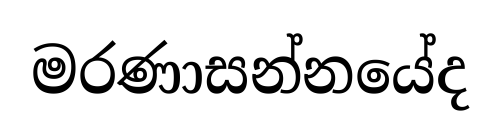
මරණාසන්නයේද